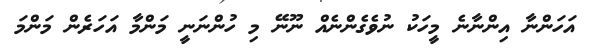
އަހަންނާ އިންނާނެ މީހަކު ނުވެގެންނެއް ނޫނޭ މި ހުންނަނީ މަންމާ އަހަރެން މަންމަ